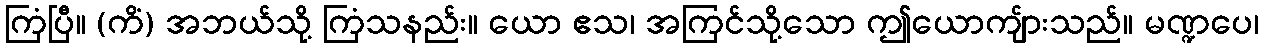
ကြံပြီ။ (ကိံ) အဘယ်သို့ ကြံသနည်း။ ယော ဧသ၊ အကြင်သို့သော ဤယောကျ်ားသည်။ မဏ္ဍပေ၊